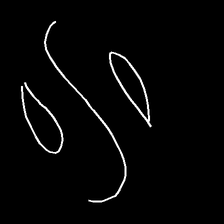
Glyph: water